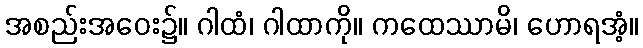
အစည်းအဝေး၌။ ဂါထံ၊ ဂါထာကို။ ကထေဿာမိ၊ ဟောရအံ့။